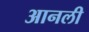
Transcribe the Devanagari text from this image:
आनली